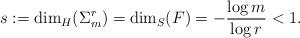
LaTeX: \begin{align*}s:=\dim_H(\Sigma_m^r)=\dim_S(F)=-\frac{\log m}{\log r}<1.\end{align*}